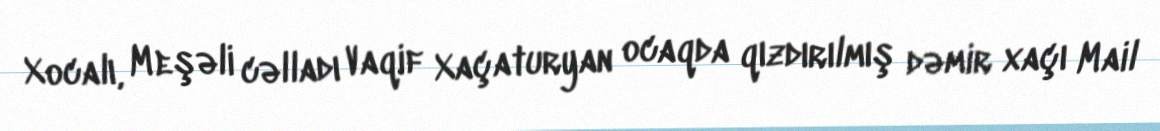
Xocalı, Meşəli cəlladı Vaqif Xaçaturyan ocaqda qızdırılmış dəmir xaçı Mail